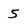
Character: 5